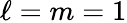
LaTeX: \ell=m=1